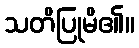
သတိပြုမိ၏။